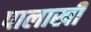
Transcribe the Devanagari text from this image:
पालाखी